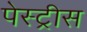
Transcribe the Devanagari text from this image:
पेस्ट्रीस